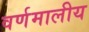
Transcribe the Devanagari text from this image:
वर्णमालीय